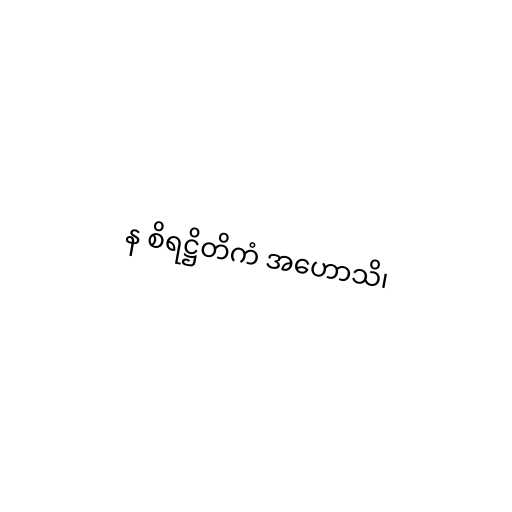
န စိရဋ္ဌိတိကံ အဟောသိ၊